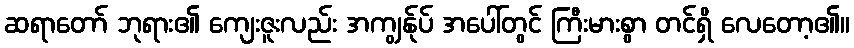
ဆရာတော် ဘုရား၏ ကျေးဇူးလည်း အကျွန်ုပ် အပေါ်တွင် ကြီးမားစွာ တင်ရှိ လေတော့၏။